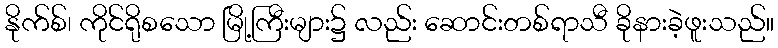
နိုက်စ်၊ ကိုင်ရိုစသော မြို့ကြီးများ၌ လည်း ဆောင်းတစ်ရာသီ ခိုနားခဲ့ဖူးသည်။